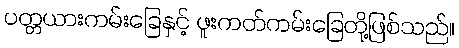
ပတ္တယားကမ်းခြေနှင့် ဖူးကတ်ကမ်းခြေတို့ဖြစ်သည်။